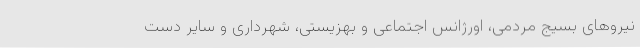
نیروهای بسیج مردمی، اورژانس اجتماعی و بهزیستی، شهرداری و سایر دست